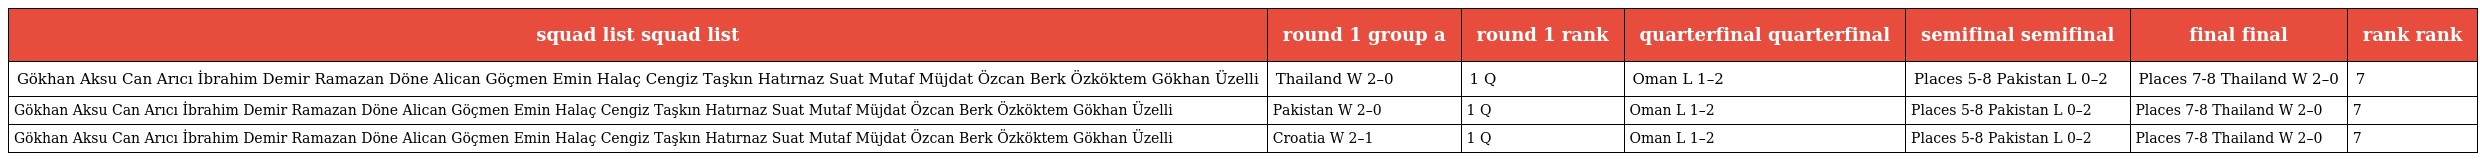
| squad list squad list | round 1 group a | round 1 rank | quarterfinal quarterfinal | semifinal semifinal | final final | rank rank |
 | --- | --- | --- | --- | --- | --- | --- |
 | Gökhan Aksu Can Arıcı İbrahim Demir Ramazan Döne Alican Göçmen Emin Halaç Cengiz Taşkın Hatırnaz Suat Mutaf Müjdat Özcan Berk Özköktem Gökhan Üzelli | Thailand W 2–0 | 1 Q | Oman L 1–2 | Places 5-8 Pakistan L 0–2 | Places 7-8 Thailand W 2–0 | 7 |
 | Gökhan Aksu Can Arıcı İbrahim Demir Ramazan Döne Alican Göçmen Emin Halaç Cengiz Taşkın Hatırnaz Suat Mutaf Müjdat Özcan Berk Özköktem Gökhan Üzelli | Pakistan W 2–0 | 1 Q | Oman L 1–2 | Places 5-8 Pakistan L 0–2 | Places 7-8 Thailand W 2–0 | 7 |
 | Gökhan Aksu Can Arıcı İbrahim Demir Ramazan Döne Alican Göçmen Emin Halaç Cengiz Taşkın Hatırnaz Suat Mutaf Müjdat Özcan Berk Özköktem Gökhan Üzelli | Croatia W 2–1 | 1 Q | Oman L 1–2 | Places 5-8 Pakistan L 0–2 | Places 7-8 Thailand W 2–0 | 7 |